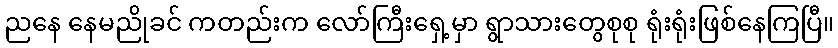
ညနေ နေမညိုခင် ကတည်းက လော်ကြီးရှေ့မှာ ရွာသားတွေစုစု ရုံးရုံးဖြစ်နေကြပြီ။